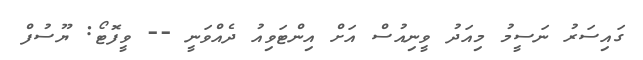
ގައިސަރު ނަސީމު މިއަދު ވީނިއުސް އަށް އިންޓަވިއު ދެއްވަނީ -- ވީފޮޓޯ: ޔޫސުފް